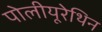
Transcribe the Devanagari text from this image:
पोलीयूरेथिन